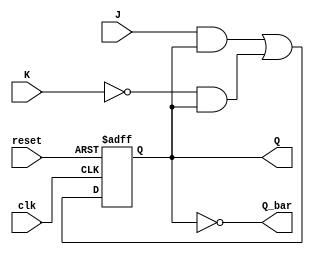
module jk_flipflop (
    input wire clk,
    input wire reset,
    input wire J,
    input wire K,
    output reg Q,
    output reg Q_bar
);

reg master_out;
reg slave_out;

always @(posedge clk or posedge reset)
begin
    if (reset)
    begin
        master_out <= 1'b0;
        slave_out <= 1'b1;
    end
    else
    begin
        master_out <= J & master_out | ~K & master_out;
    end
end

always @(negedge clk)
begin
    slave_out <= master_out;
end

assign Q = master_out;
assign Q_bar = ~master_out;

endmodule